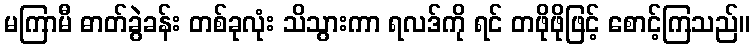
မကြာမီ ဓာတ်ခွဲခန်း တစ်ခုလုံး သိသွားကာ ရလဒ်ကို ရင် တဖိုဖိုဖြင့် စောင့်ကြသည်။